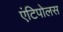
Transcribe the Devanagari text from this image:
एंटिपोलस